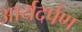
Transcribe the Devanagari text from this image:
आर्यदर्पण